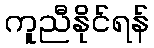
ကူညီနိုင်ရန်